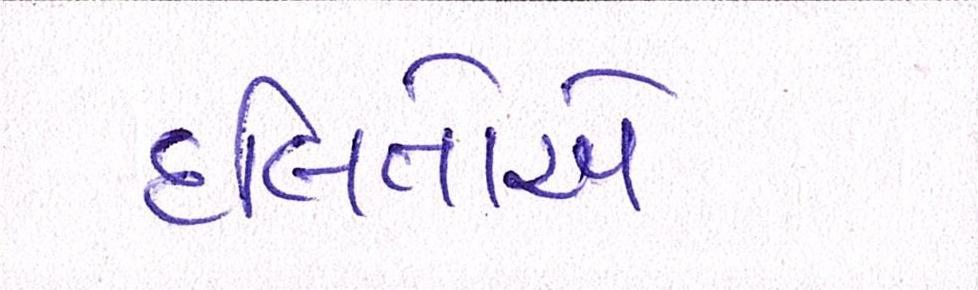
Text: દલિતોએ